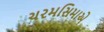
ચરમસિમાએ